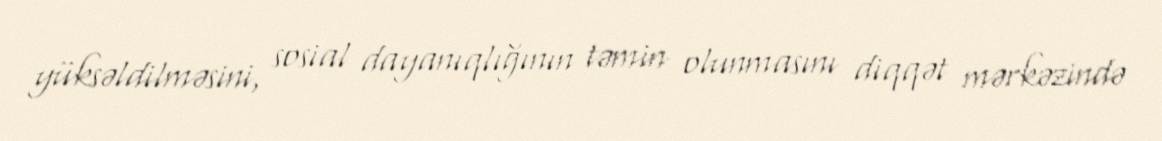
yüksəldilməsini, sosial dayanıqlığının təmin olunmasını diqqət mərkəzində